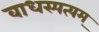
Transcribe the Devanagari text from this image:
वाधस्पत्यम्